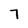
Character: 7